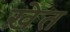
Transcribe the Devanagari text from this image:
ख़ेत